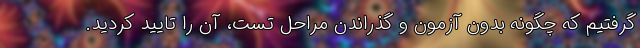
گرفتیم که چگونه بدون آزمون و گذراندن مراحل تست، آن را تایید کردید.